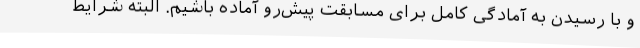
و با رسیدن به آمادگی کامل برای مسابقت پیش‌رو آماده باشیم. البته شرایط